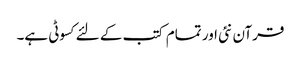
قرآن نئی اور تمام کتب کے لئےکسوٹی ہے۔